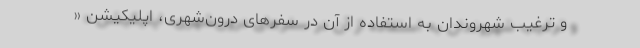
و ترغیب شهروندان به استفاده از آن در سفرهای درون‌شهری، اپلیکیشن «